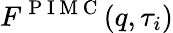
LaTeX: F^{\mathrm{~P~I~M~C~}}(q,\tau_{i})